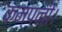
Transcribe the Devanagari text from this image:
कम्पनी।